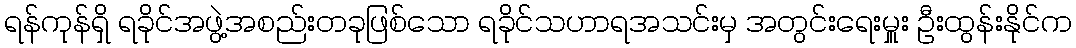
ရန်ကုန်ရှိ ရခိုင်အဖွဲ့အစည်းတခုဖြစ်သော ရခိုင်သဟာရအသင်းမှ အတွင်းရေးမှူး ဦးထွန်းနိုင်က